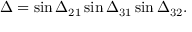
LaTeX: \Delta = \sin { \Delta _ { 2 1 } } \sin { \Delta _ { 3 1 } } \sin { \Delta _ { 3 2 } } .